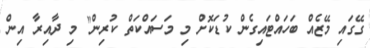
ގޭގައި މޭޒެއް ބަހައްޓައިގެން ކުޑަކޮށް މި މަސައްކަތް ކުރިން" މި ދާއިރާ އިން